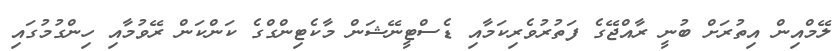
ލޭމްއިން އިތުރަށް ބުނީ ރާއްޖޭގެ ފަތުރުވެރިކަމާއި ޑެސްޓީނޭޝަން މާކެޓިންގްގެ ކަންކަން ރޭވުމާއި ހިންގުމުގައި